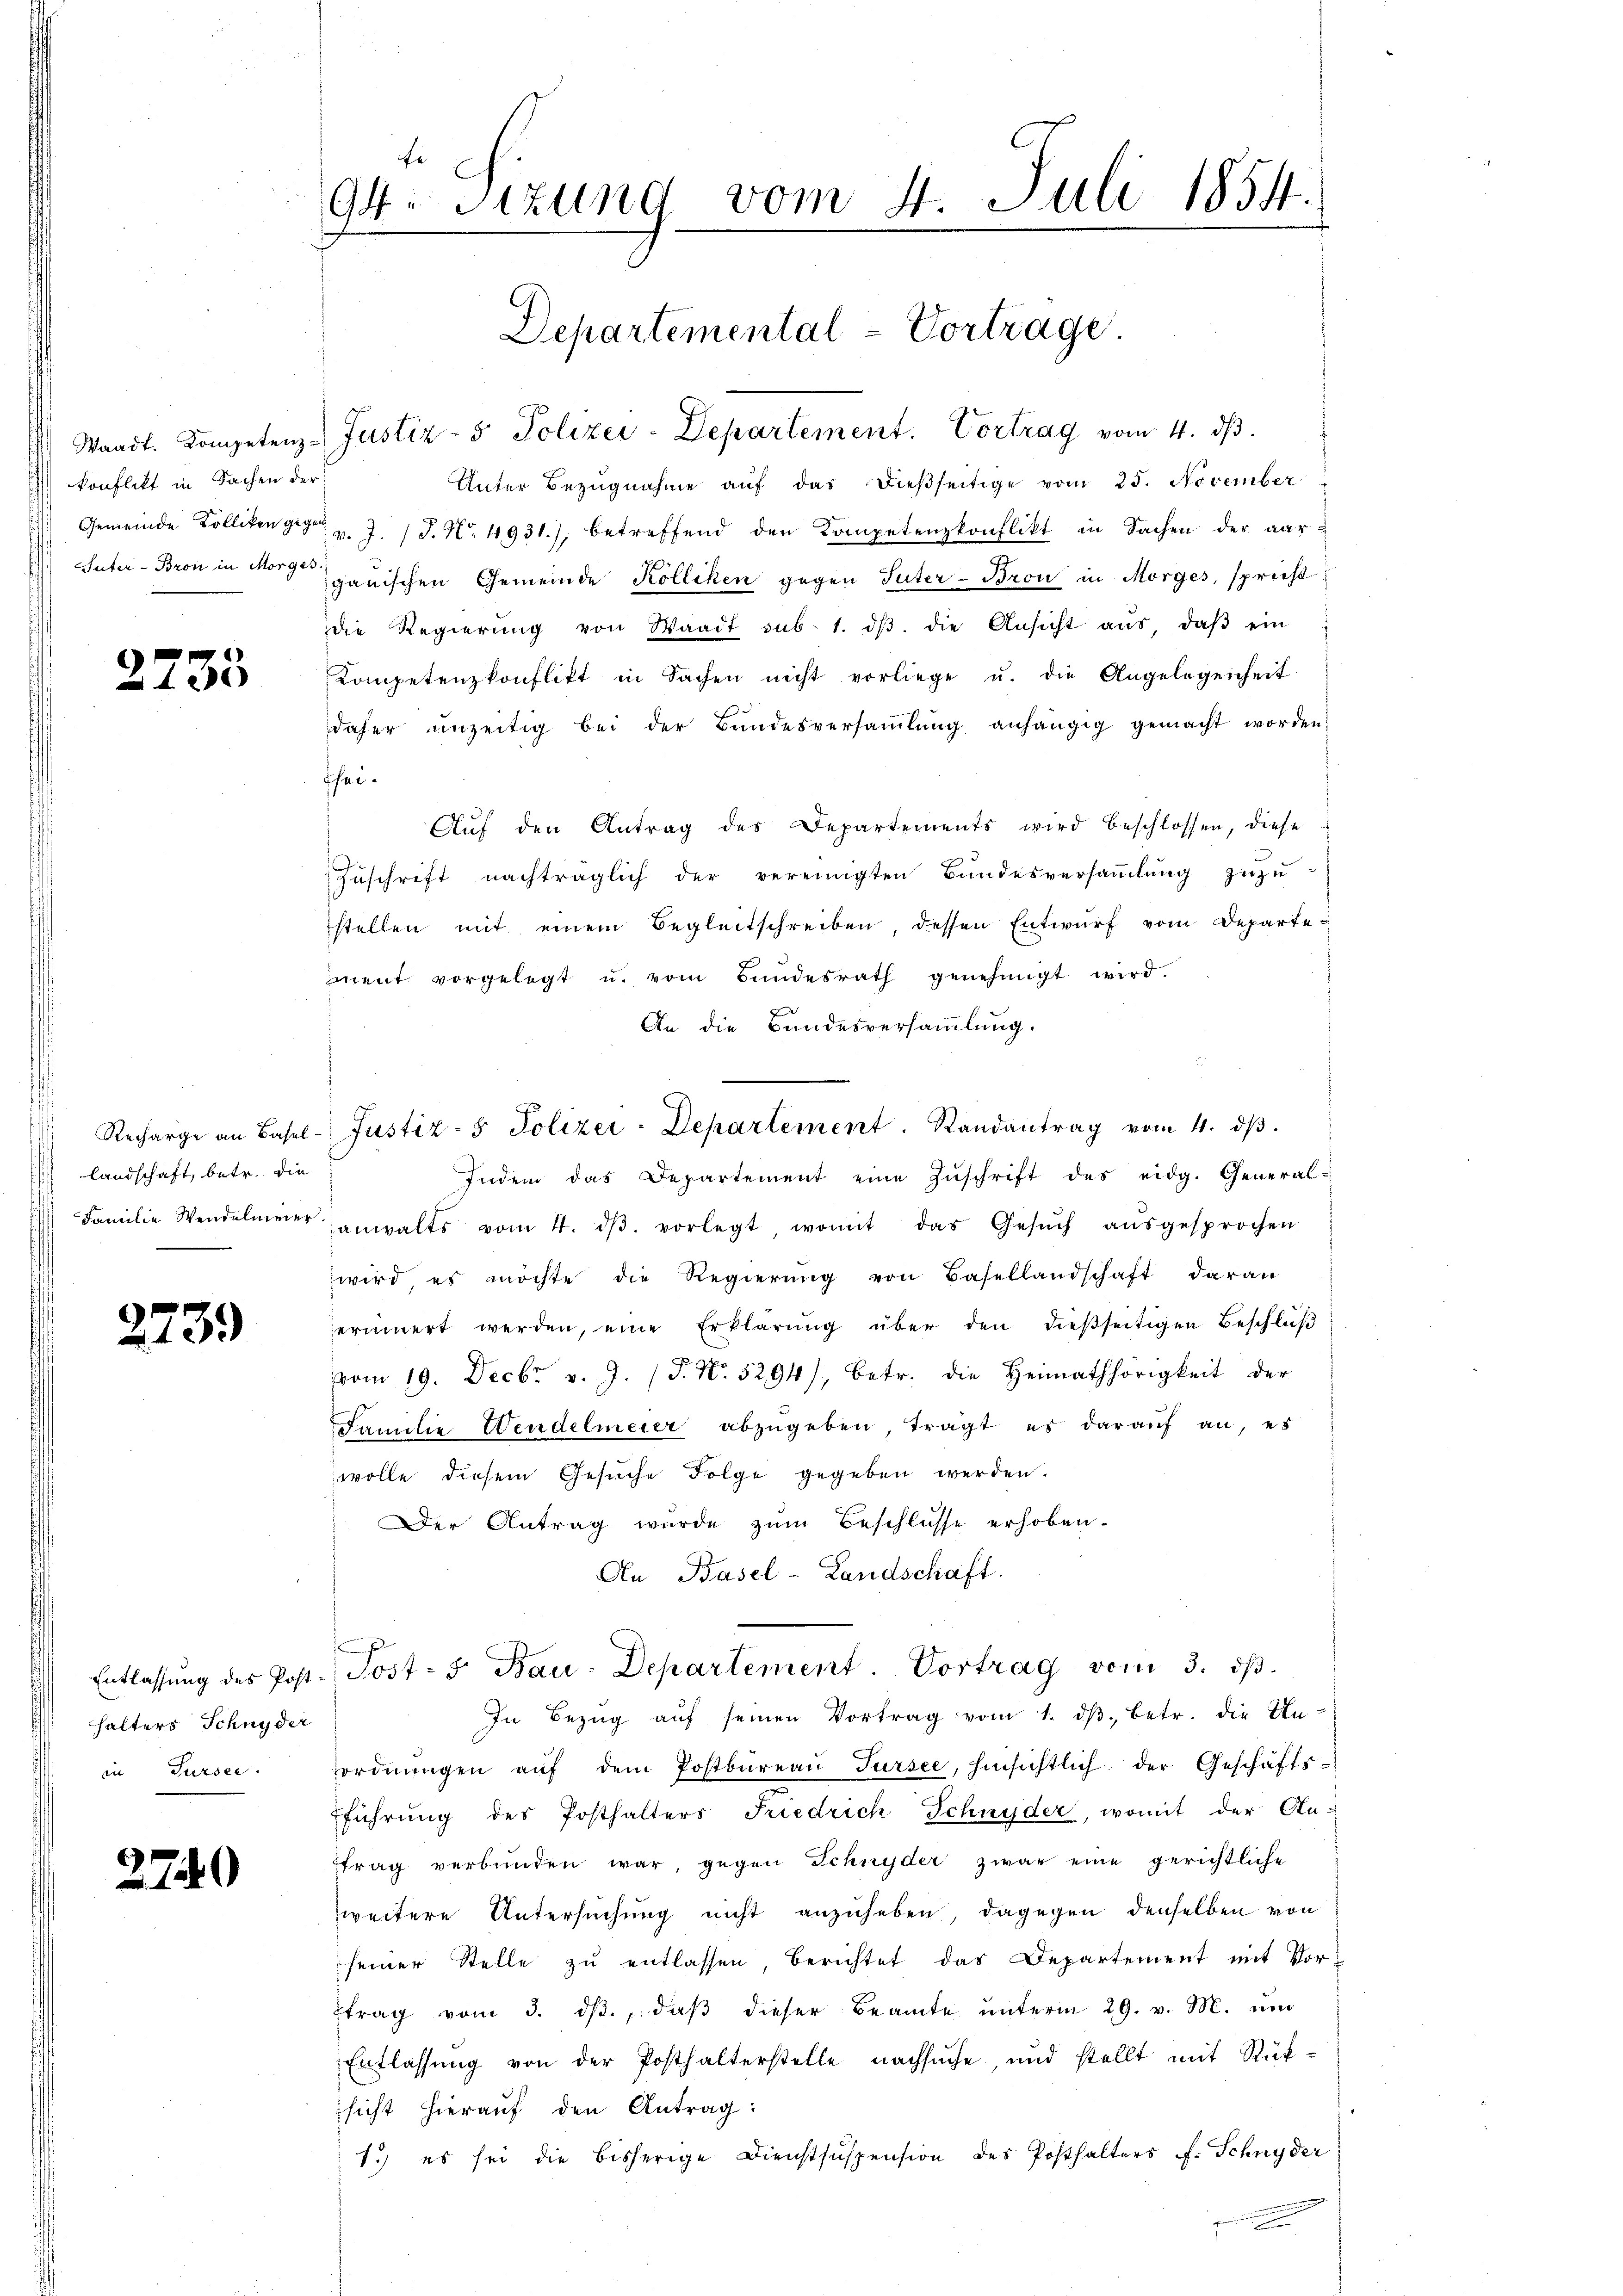
konflikt in Sachen der

2235

landschaft, betr. die

2739

halters Schnyder
in Sursee.

2

2740

Er
94. Sitzung vom 4. Juli 1854.
Departemental-Vortrage.

Waadt. Kompetenz-Justiz- & Polizei-Departement. Vortrag vom 4. dβ.
Unter Bezŭgnahme aŭf das dieβseitige vom 25. November
Gemeinde Kolliken gegen v. J. 18. No. 4931.), betreffend den Kompetenzkonflikt in Sachen der aar¬
Vater Bron in Margauischen Gemeinde Kölliken gegen Suter - Bron in Morges, spricht
die Regierŭng von Waadt sub. 1. dβ. die Ansicht aŭs, daβ ein
Kompetenzkonflikt in Sachen nicht vorliege u. die Angelegenheit
daher unzeitig bei der Bundesversaṁlŭng anhängig gemacht worden.
thei¬
Aŭf den Antrag des Departements wird beschlossen, diese
Zŭschrift nachträglich der vereinigten Bŭndesversaṁlŭng zŭzŭ-
stellen mit einem Begleitschreiben, dessen Entwurf vom Departement vorgelegt u. vom Bundesrath genehmigt wird.
An die Bundesversammlung.
Indem das Departement eine Zŭschrift des eidg. General-
Familie Wendelmeier anwalts vom 4. dβ. vorlegt womit das Gesŭch aŭsgesprochen
wird es möchte die Regierung von Basellandschaft daran
erinnert werden, eine Erklärung über den dießseitigen Beschluß
vom 19. Decbr. v. J. J. No. 5294), betr. die Heimathörigkeit der
Familie Wendelmeier abzŭgeben, trägt es darauf an, es
wolle diesem Gesuche Folge gegeben werden.
Der Antrag wurde zum Beschlüsse erhoben.
An Basel-Landschaft.
Entlassŭng des Post. Post- u. Bau-Departement. Vortrag vom 3. ds.
In Bezŭg aŭf seinen Vortrag vom 1. dβ betr. die Unordnŭngen aŭf dem Postbüreaŭ Sursee, hinsichtlich der Geschäfts-
führung des Posthalters Friedrich Schnyder, womit der An-
trag verbunden war, gegen Schnyder zwar eine gerichtliche
zweitere Untersuchung nicht anzuheben, dagegen denselben von
seiner Stelle zu entlassen, berichtet das Departement mit Vor-
trag vom 3. dβ, daβ dieser Beamte unterm 29. v. M. um
Entlassung von der Posthalterstelle nachsuche, und stellt mit Rüksicht hierauf den Antrag:
1.) es sei die bisherige Dienstsuspension des Posthalters f. Schnyder

Recharge an Basel-Justiz- & Polizei-Departement. Randantrag vom 4. dβ.